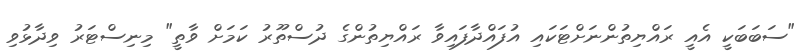
"ސަބަބަކީ އެއީ ރައްޔިތުންނަށްޓަކައި އުފައްދާފައިވާ ރައްޔިތުންގެ ދުސްތޫރު ކަމަށް ވާތީ" މިނިސްޓަރު ވިދާޅުވި